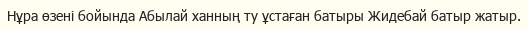
Нұра өзені бойында Абылай ханның ту ұстаған батыры Жидебай батыр жатыр.